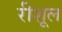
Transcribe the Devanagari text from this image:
रीशूल